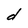
Character: d